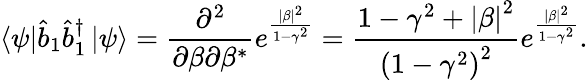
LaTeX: \left\langle\psi\right\vert\hat{b}_{1}\hat{b}_{1}^{\dagger}\left\vert\psi\right\rangle=\frac{\partial^{2}}{\partial\beta\partial\beta^{\ast}}e^{\frac{|\beta|^{2}}{1-\gamma^{2}}}=\frac{1-\gamma^{2}+\left\vert\beta\right\vert^{2}}{\left(1-\gamma^{2}\right)^{2}}e^{\frac{|\beta|^{2}}{1-\gamma^{2}}}.